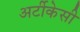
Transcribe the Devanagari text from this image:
अर्टीकेसी